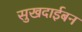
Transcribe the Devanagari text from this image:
सुखदाईबन